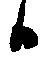
日